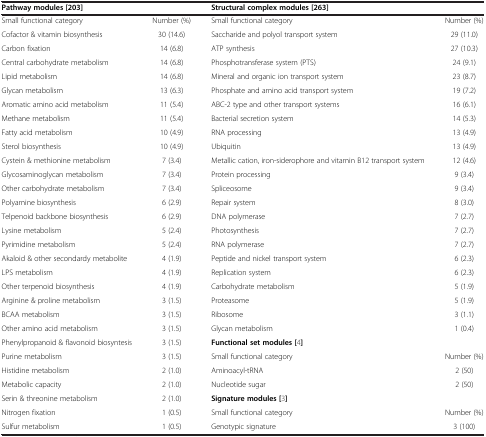
<table><thead><tr><td colspan="2"><b>Pathway modules [203]</b></td><td colspan="2"><b>Structural complex modules [263]</b></td></tr></thead><tbody><tr><td>Small functional category</td><td>Number (%)</td><td>Small functional category</td><td>Number (%)</td></tr><tr><td>Cofactor &amp; vitamin biosynthesis</td><td>30 (14.6)</td><td>Saccharide and polyol transport system</td><td>29 (11.0)</td></tr><tr><td>Carbon fixation</td><td>14 (6.8)</td><td>ATP synthesis</td><td>27 (10.3)</td></tr><tr><td>Central carbohydrate metabolism</td><td>14 (6.8)</td><td>Phosphotransferase system (PTS)</td><td>24 (9.1)</td></tr><tr><td>Lipid metabolism</td><td>14 (6.8)</td><td>Mineral and organic ion transport system</td><td>23 (8.7)</td></tr><tr><td>Glycan metabolism</td><td>13 (6.3)</td><td>Phosphate and amino acid transport system</td><td>19 (7.2)</td></tr><tr><td>Aromatic amino acid metabolism</td><td>11 (5.4)</td><td>ABC-2 type and other transport systems</td><td>16 (6.1)</td></tr><tr><td>Methane metabolism</td><td>11 (5.4)</td><td>Bacterial secretion system</td><td>14 (5.3)</td></tr><tr><td>Fatty acid metabolism</td><td>10 (4.9)</td><td>RNA processing</td><td>13 (4.9)</td></tr><tr><td>Sterol biosynthesis</td><td>10 (4.9)</td><td>Ubiquitin</td><td>13 (4.9)</td></tr><tr><td>Cystein &amp; methionine metabolism</td><td>7 (3.4)</td><td>Metallic cation, iron-siderophore and vitamin B12 transport system</td><td>12 (4.6)</td></tr><tr><td>Glycosaminoglycan metabolism</td><td>7 (3.4)</td><td>Protein processing</td><td>9 (3.4)</td></tr><tr><td>Other carbohydrate metabolism</td><td>7 (3.4)</td><td>Spliceosome</td><td>9 (3.4)</td></tr><tr><td>Polyamine biosynthesis</td><td>6 (2.9)</td><td>Repair system</td><td>8 (3.0)</td></tr><tr><td>Telpenoid backbone biosynthesis</td><td>6 (2.9)</td><td>DNA polymerase</td><td>7 (2.7)</td></tr><tr><td>Lysine metabolism</td><td>5 (2.4)</td><td>Photosynthesis</td><td>7 (2.7)</td></tr><tr><td>Pyrimidine metabolism</td><td>5 (2.4)</td><td>RNA polymerase</td><td>7 (2.7)</td></tr><tr><td>Akaloid &amp; other secondardy metabolite</td><td>4 (1.9)</td><td>Peptide and nickel transport system</td><td>6 (2.3)</td></tr><tr><td>LPS metabolism</td><td>4 (1.9)</td><td>Replication system</td><td>6 (2.3)</td></tr><tr><td>Other terpenoid biosynthesis</td><td>4 (1.9)</td><td>Carbohydrate metabolism</td><td>5 (1.9)</td></tr><tr><td>Arginine &amp; proline metabolism</td><td>3 (1.5)</td><td>Proteasome</td><td>5 (1.9)</td></tr><tr><td>BCAA metabolism</td><td>3 (1.5)</td><td>Ribosome</td><td>3 (1.1)</td></tr><tr><td>Other amino acid metabolism</td><td>3 (1.5)</td><td>Glycan metabolism</td><td>1 (0.4)</td></tr><tr><td>Phenylpropanoid &amp; flavonoid biosyntesis</td><td>3 (1.5)</td><td><b>Functional set modules [</b>[4]<b>]</b></td><td> </td></tr><tr><td>Purine metabolism</td><td>3 (1.5)</td><td>Small functional category</td><td>Number (%)</td></tr><tr><td>Histidine metabolism</td><td>2 (1.0)</td><td>Aminoacyl-tRNA</td><td>2 (50)</td></tr><tr><td>Metabolic capacity</td><td>2 (1.0)</td><td>Nucleotide sugar</td><td>2 (50)</td></tr><tr><td>Serin &amp; threonine metabolism</td><td>2 (1.0)</td><td><b>Signature modules [</b>[3]<b>]</b></td><td> </td></tr><tr><td>Nitrogen fixation</td><td>1 (0.5)</td><td>Small functional category</td><td>Number (%)</td></tr><tr><td>Sulfur metabolism</td><td>1 (0.5)</td><td>Genotypic signature</td><td>3 (100)</td></tr></tbody></table>